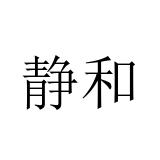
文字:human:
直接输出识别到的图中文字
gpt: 静和